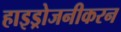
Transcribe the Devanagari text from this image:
हाइड्रोजनीकरन